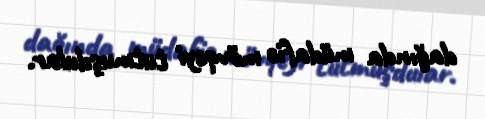
dağında müdafiə mövqeyi tutmuşdular.